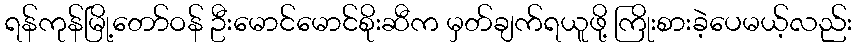
ရန်ကုန်မြို့တော်ဝန် ဦးမောင်မောင်စိုးဆီက မှတ်ချက်ရယူဖို့ ကြိုးစားခဲ့ပေမယ့်လည်း